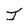
Character: I